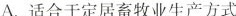
A. 适合于定居畜牧业生产方式